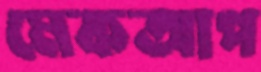
মেকআপ